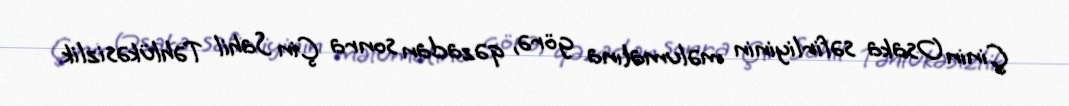
Çinin Osaka səfirliyinin məlumatına görə, qəzadan sonra Çin Sahil Təhlükəsizlik